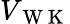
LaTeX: V_{\mathrm{~W~K~}}